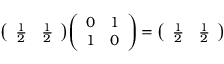
{ \left( \begin{array} { l l } { { \frac { 1 } { 2 } } } & { { \frac { 1 } { 2 } } } \end{array} \right) } { \left( \begin{array} { l l } { 0 } & { 1 } \\ { 1 } & { 0 } \end{array} \right) } = { \left( \begin{array} { l l } { { \frac { 1 } { 2 } } } & { { \frac { 1 } { 2 } } } \end{array} \right) }